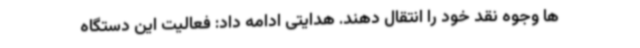
ها وجوه نقد خود را انتقال دهند. هدایتی ادامه داد: فعالیت این دستگاه